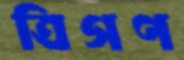
ত্রিগণ